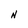
Character: N